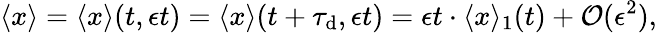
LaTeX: \langle x\rangle=\langle x\rangle(t,\epsilon t)=\langle x\rangle(t+\tau_{\mathrm{d}},\epsilon t)=\epsilon t\cdot\langle x\rangle_{1}(t)+\mathcal{O}(\epsilon^{2}),